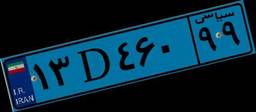
۴۸D۷۴۵۲۶